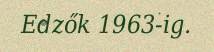
Edzők 1963-ig.